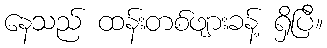
နေသည် ထန်းတစ်ဖျားခန့် ရှိပြီ။